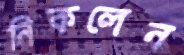
নিকলেন